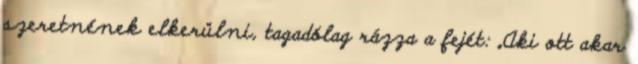
szeretnének elkerülni, tagadólag rázza a fejét: „Aki ott akar